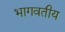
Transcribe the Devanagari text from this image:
भागवतीय